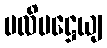
ပလိပဋ္ဌေယျ